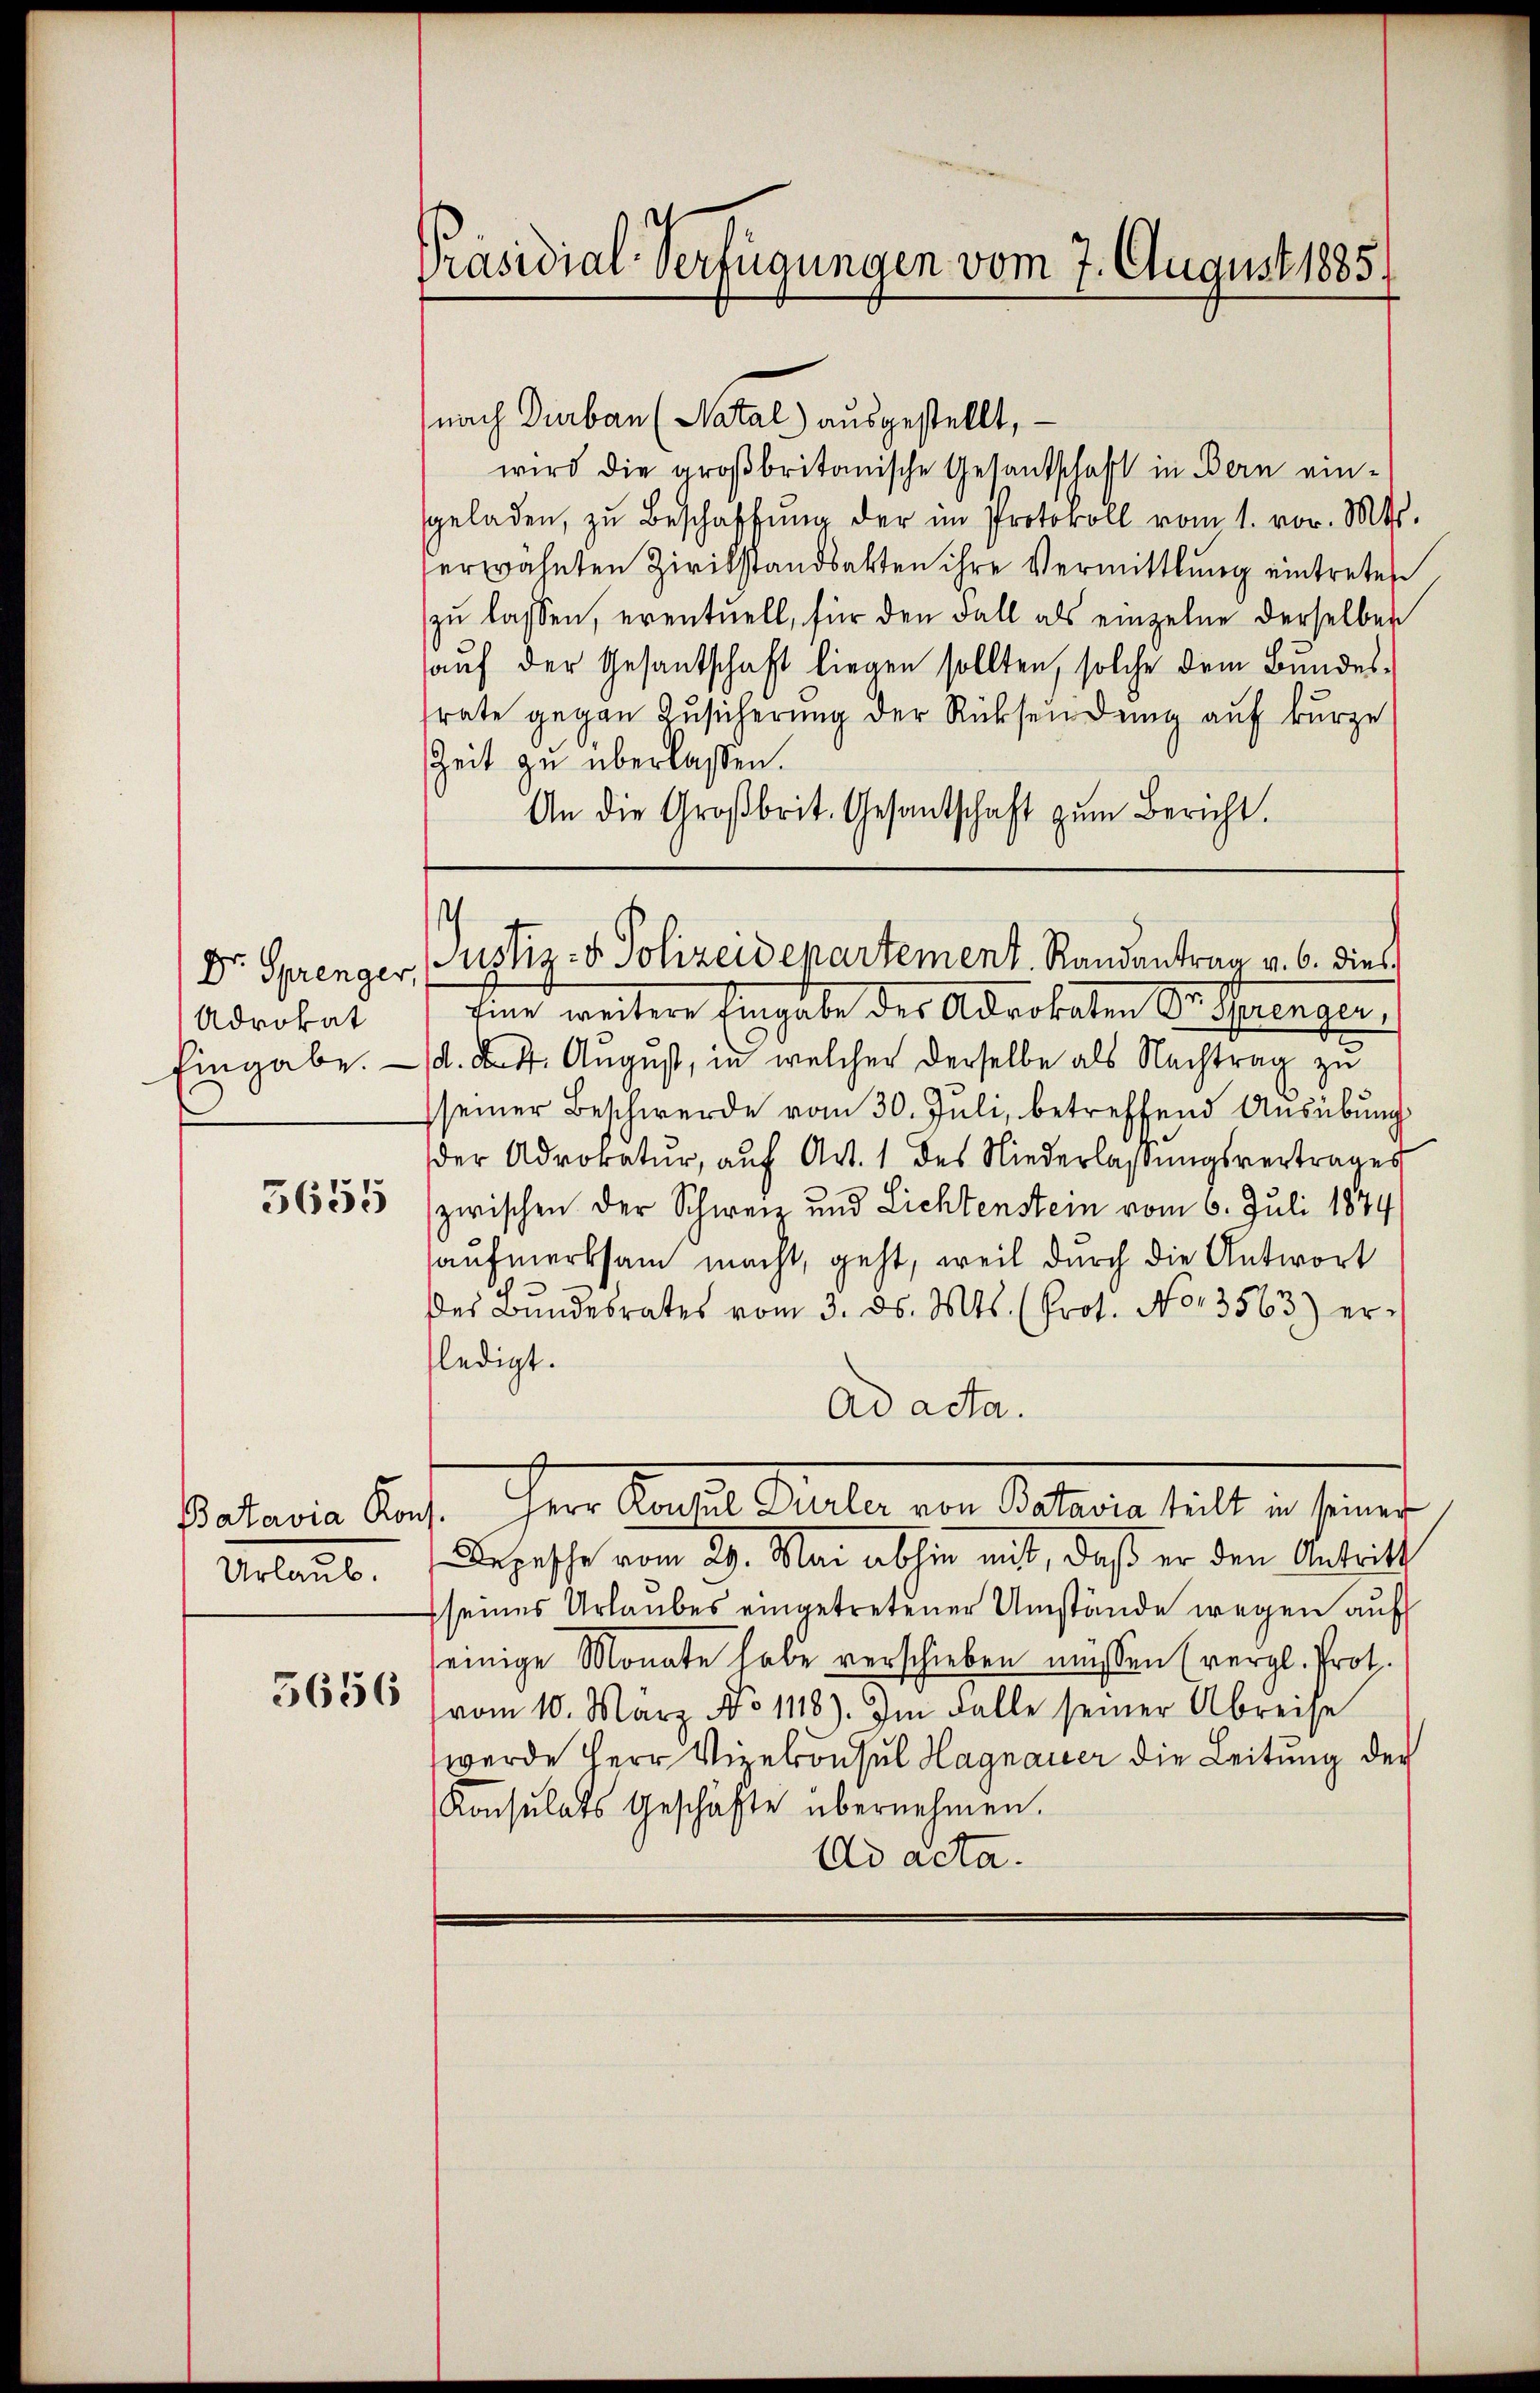
Dr. Sprenger,
Advokat
Eingabe.

5655

Urlaub.
5656

Präsidial-Verfügungen vom 7. August 1885.

nach Durban (Natal ausgestellt,
wird die großbritanische Gesandschaft in Bern eingeladen, zu Beschaffŭng der im Protokoll vom 1. vor. Mts.
herwähnten Zivilstandsakten ihre Vermittlung eintreten
zu lassen, eventuell, für den Fall als einzelne derselben
auf der Gesantschaft liegen sollten, solche dem Bundes-
rate gegen Zusicherung der Rücksendung auf kurze
Zeit zu überlassen.
An die Großbrit. Gesantschaft zŭm Bericht.
fier weitere Eingabe des Advokaten Ausserlegen
d. d. 4. August, in welcher derselbe als Nachtrag zu
seiner Beschwerde vom 30. Juli, betreffend Ausübung
der Advokatur, aŭf Art. 1 des Niederlassŭngsvertrages
zwischen der Schweiz und Lichtenstein vom 6. Juli 1874
aufmerksam macht, geht, weil durch die Antwort
des Bŭndesrates vom 3. ds. Mts. (Prot. No 13563) erledigt.
Ad acta.
Patente Auf ihrer Saches Maler eine Art deshalten seine
Depesche vom 29. Mai abhin mit, daß er den Antritt
seines Urlaubes eingetretener Umstände wegen auf
seinige Monate habe verschieben müssen (vergl. Prot.
vom 10. März No 1118). Im Falle seiner Abreise
werde Herr Vizekonsul Hagnauer die Leitung der
Konsulats Geschäfte übernehmen.
Ad acta.

Justiz- & Polizeidepartement. Randantrag v. 6. dies